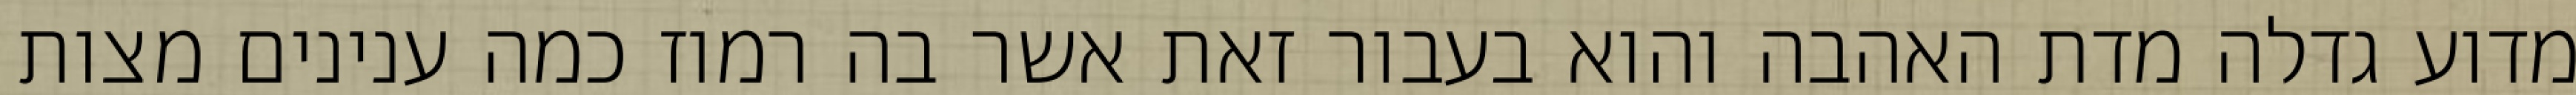
מדוע גדלה מדת האהבה והוא בעבור זאת אשר בה רמוז כמה ענינים מצות